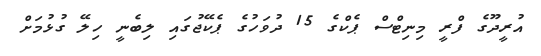
އުރީދޫގެ ފްރީ މިނިޓްސް ޕެކްގެ 15 ދުވަހުގެ ޕެކޭޖުގައި ލިބެނީ ހިލޭ ގުޅުމަށް